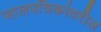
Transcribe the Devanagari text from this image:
जालपत्रिकांवरील